Vaccine operations Central Provinces 1900-1911 - 1900-1911
Year: 1900
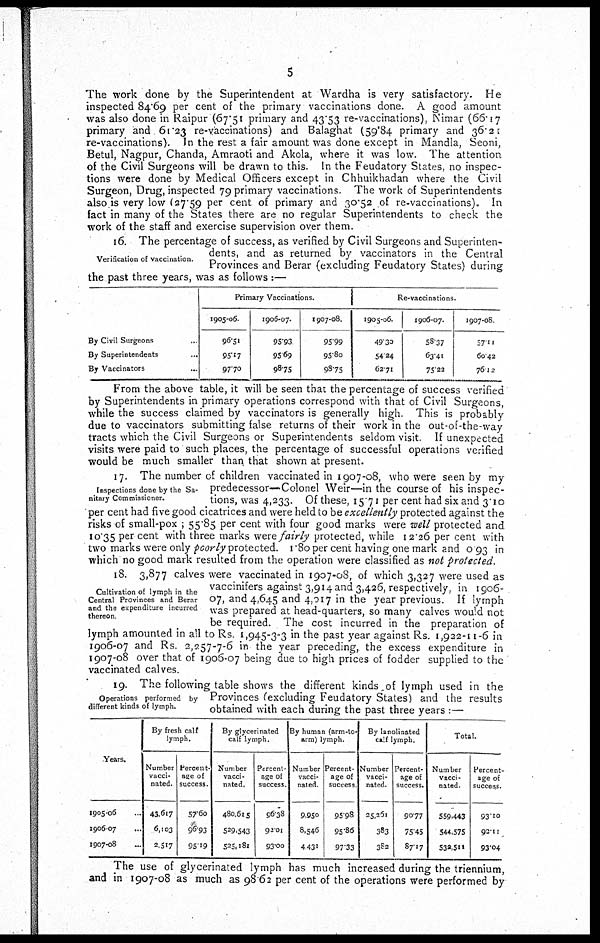
5
The work done by the Superintendent at Wardha is very satisfactory. He
inspected 84.69 per cent of the primary vaccinations done. A good amount
was also done in Raipur (67.51 primary and 43.53 re-vaccinations), Nimar (66.17
primary and 61.23 re-vaccinations) and Balaghat (59.84 primary and 36.21
re-vaccinations). In the rest a fair amount was done except in Mandla, Seoni,
Betul, Nagpur, Chanda, Amraoti and Akola, where it was low. The attention
of the Civil Surgeons will be drawn to this. In the Feudatory States, no inspec-
tions were done by Medical Officers except in Chhuikhadan where the Civil
Surgeon, Drug, inspected 79 primary vaccinations. The work of Superintendents
also is very low (27.59 per cent of primary and 30.52 of re-vaccinations). In
fact in many of the States there are no regular Superintendents to check the
work of the staff and exercise supervision over them.
Verification of vaccination.
16. The percentage of success, as verified by Civil Surgeons and Superinten-
dents, and as returned by vaccinators in the Central
Provinces and Berar (excluding Feudatory States) during
the past three years, was as follows :—
By Civil Surgeons..
By Superintendents...
By Vaccinators...
Primary Vaccinations.
1905-06
96.51
95.17
97.70
1906-07.
95.93
95.69
98.75
1907-08.
95.99
95.80
98.75
Re-vaccinations.
1905-06
49.30
54.24
62.71
1906-07.
58.37
63.41
75.22
1907-08
57.11
60.42
76.12
From the above table, it will be seen that the percentage of success verified
by Superintendents in primary operations correspond with that of Civil Surgeons,
while the success claimed by vaccinators is generally high. This is probably
due to vaccinators submitting false returns of their work in the out-of-the-way
tracts which the Civil Surgeons or Superintendents seldom visit. If unexpected
visits were paid to such places, the percentage of successful operations verified
would be much smaller than that shown at present.
Inspections done by the Sa-
nitary Commissioner.
17. The number of children vaccinated in 1907-08, who were seen by my
predecessor—Colonel Weir—in the course of his inspec-
tions, was 4,233. Of these, 15.71 per cent had six and 3.10
per cent had five good cicatrices and were held to be excellently protected against the
risks of small-pox ; 55.85 per cent with four good marks were well protected and
10.35 per cent with three marks were fairly protected, while 12.26 per cent with
two marks were only poorly protected. 1.80 per cent having one mark and 0.93 in
which no good mark resulted from the operation were classified as not protected.
Cultivation of lymph in the
Central Provinces and Berar
and the expenditure incurred
thereon
18. 3,877 calves were vaccinated in 1907-08, of which 3,327 were used as
vaccinifers against 3,914 and 3,426, respectively, in 1906-
07, and 4,645 and 4,017 in the year previous. If lymph
was prepared at head-quarters, so many calves would not
be required. The cost incurred in the preparation of
lymph amounted in all to Rs. 1,945-3-3 in the past year against Rs. 1,922-11-6 in
1906-07 and Rs. 2,257-7-6 in the year preceding, the excess expenditure in
1907-08 over that of 1906-07 being due to high prices of fodder supplied to the
vaccinated calves.
Operations performed by
different kinds of lymph.
19. The following table shows the different kinds,of lymph used in the
Provinces (excluding Feudatory States) and the results
obtained with each during the past three years :—
Years.
1905-06...
1906 07...
1907-08...
By fresh calf
lymph.
Number
vacci-
nated.
43,617
6,103
2,517
Percent-
age of
success
57.60
96.93
95.19
By glycerinated
calf lymph.
Number
vacci-
nated.
480,615
529,543
525,181
Percent-
age of
success
96.38
92.01
93.00
By human (arm-to-
arm) lymph
Number
vacci-
nated
9,950
8,546
4,431
Percent-
age of
success
95.98
95.86
97.33
By lanolinated
calf lymph.
Number
vacci-
nated.
25,261
383
382
Percent-
age of
success.
90.77
75.45
87.17
Total.
Number
vacci-
nated.
559,443
544,575
538,511
Percent-
age of
success.
93.10
92.11
93.04
The use of glycerinated lymph has much increased during the triennium,
and in 1907-08 as much as 98.62 per cent of the operations were performed by